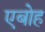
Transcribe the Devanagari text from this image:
एबोह